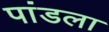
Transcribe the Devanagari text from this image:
पांडला